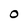
Character: 0